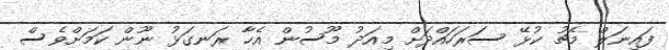
ފައިނަލް މެޗު ކުޅޭ ސަރަހައްދަށް މިއަދު މޫސުން އެހާ ރަނގަޅު ނޫން ކަމަށްވެސް